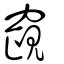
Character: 竀